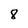
Character: 8